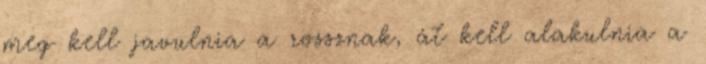
meg kell javulnia a rossznak, át kell alakulnia a